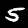
Digit: 5